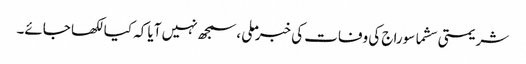
شریمتی سشما سوراج کی وفات کی خبر ملی ،سمجھ نہیں آیا کہ کیا لکھا جائے۔